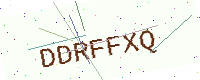
Text: DDRFFXQ